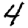
Digit: 4